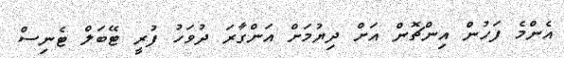
އެންމެ ފަހުން އިންޗޮން އަށް ދިޔުމަށް އަންގާރަ ދުވަހު ފުރީ ޓޭބަލް ޓެނިސް